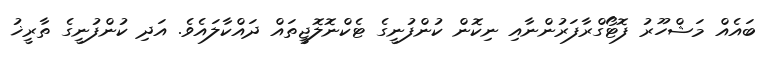
ބައެއް މަޝްހޫރު ފޮޓޯގްރާފަރުންނާއި ނިކޮން ކުންފުނީގެ ޓެކްނޮލޮޖީތައް ދައްކާލައެވެ. އަދި ކުންފުނީގެ ތާރީޚު